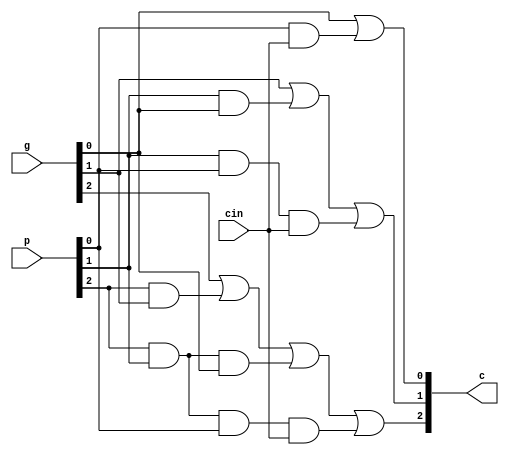
module carry_generator( p, g, cin, c);

	input [3:0] p, g;
	input cin;
	output [3:1] c;
	
	assign c[1] = g[0]|(p[0] & cin);
	assign c[2] = g[1]|(p[1] & g[0])|(p[1] & p[0] & cin);
	assign c[3] = g[2]|(p[2] & g[1])|(p[2] & p[1] & g[0])|(p[2] & p[1] & p[0] & cin);
		
endmodule